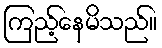
ကြည့်နေမိသည်။